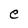
Character: e